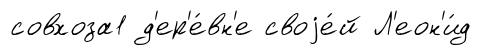
совхоза1 д'ер'е́вн'е своjе́й Л'еон'и́д